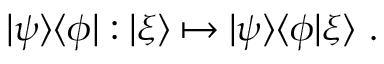
| \psi \rangle \langle \phi | : | \xi \rangle \mapsto | \psi \rangle \langle \phi | \xi \rangle ~ .